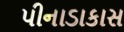
પીનાડાકાસ